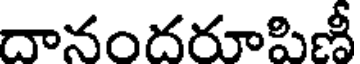
దానందరూపిణీ